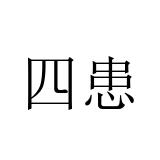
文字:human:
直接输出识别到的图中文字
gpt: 四患